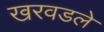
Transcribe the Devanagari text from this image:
खरवडले